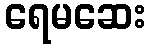
ရေမဆေး